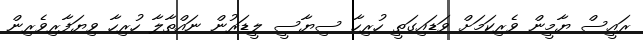
ރައީސް ޔާމީން ވެރިކަމަށް ވަޑައިގަތީ ހުރިހާ ސިޔާސީ ލީޑަރުން ނައްތާލާ ހުރިހާ ވިޔަފާރިވެރިން